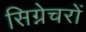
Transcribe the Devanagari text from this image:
सिग्नेचरों